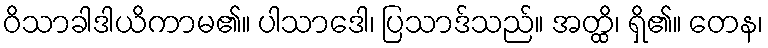
ဝိသာခါဒါယိကာမ၏။ ပါသာဒေါ၊ ပြသာဒ်သည်။ အတ္ထိ၊ ရှိ၏။ တေန၊